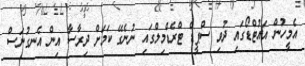
އެމީހުން އައުޓްޑޯގައި ދުވި ސްޕީޑް ޓްރެޑްމިލްގައި ނުނެގޭ ކަމަށް ދިރާސާ އިން އެނގުނަސް